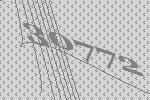
30772